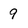
Character: 9